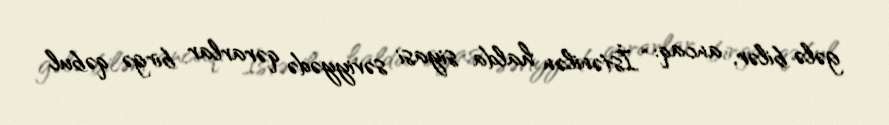
gələ bilər, ancaq: “İstənilən halda siyasi səviyyədə qərarlar birgə qəbul